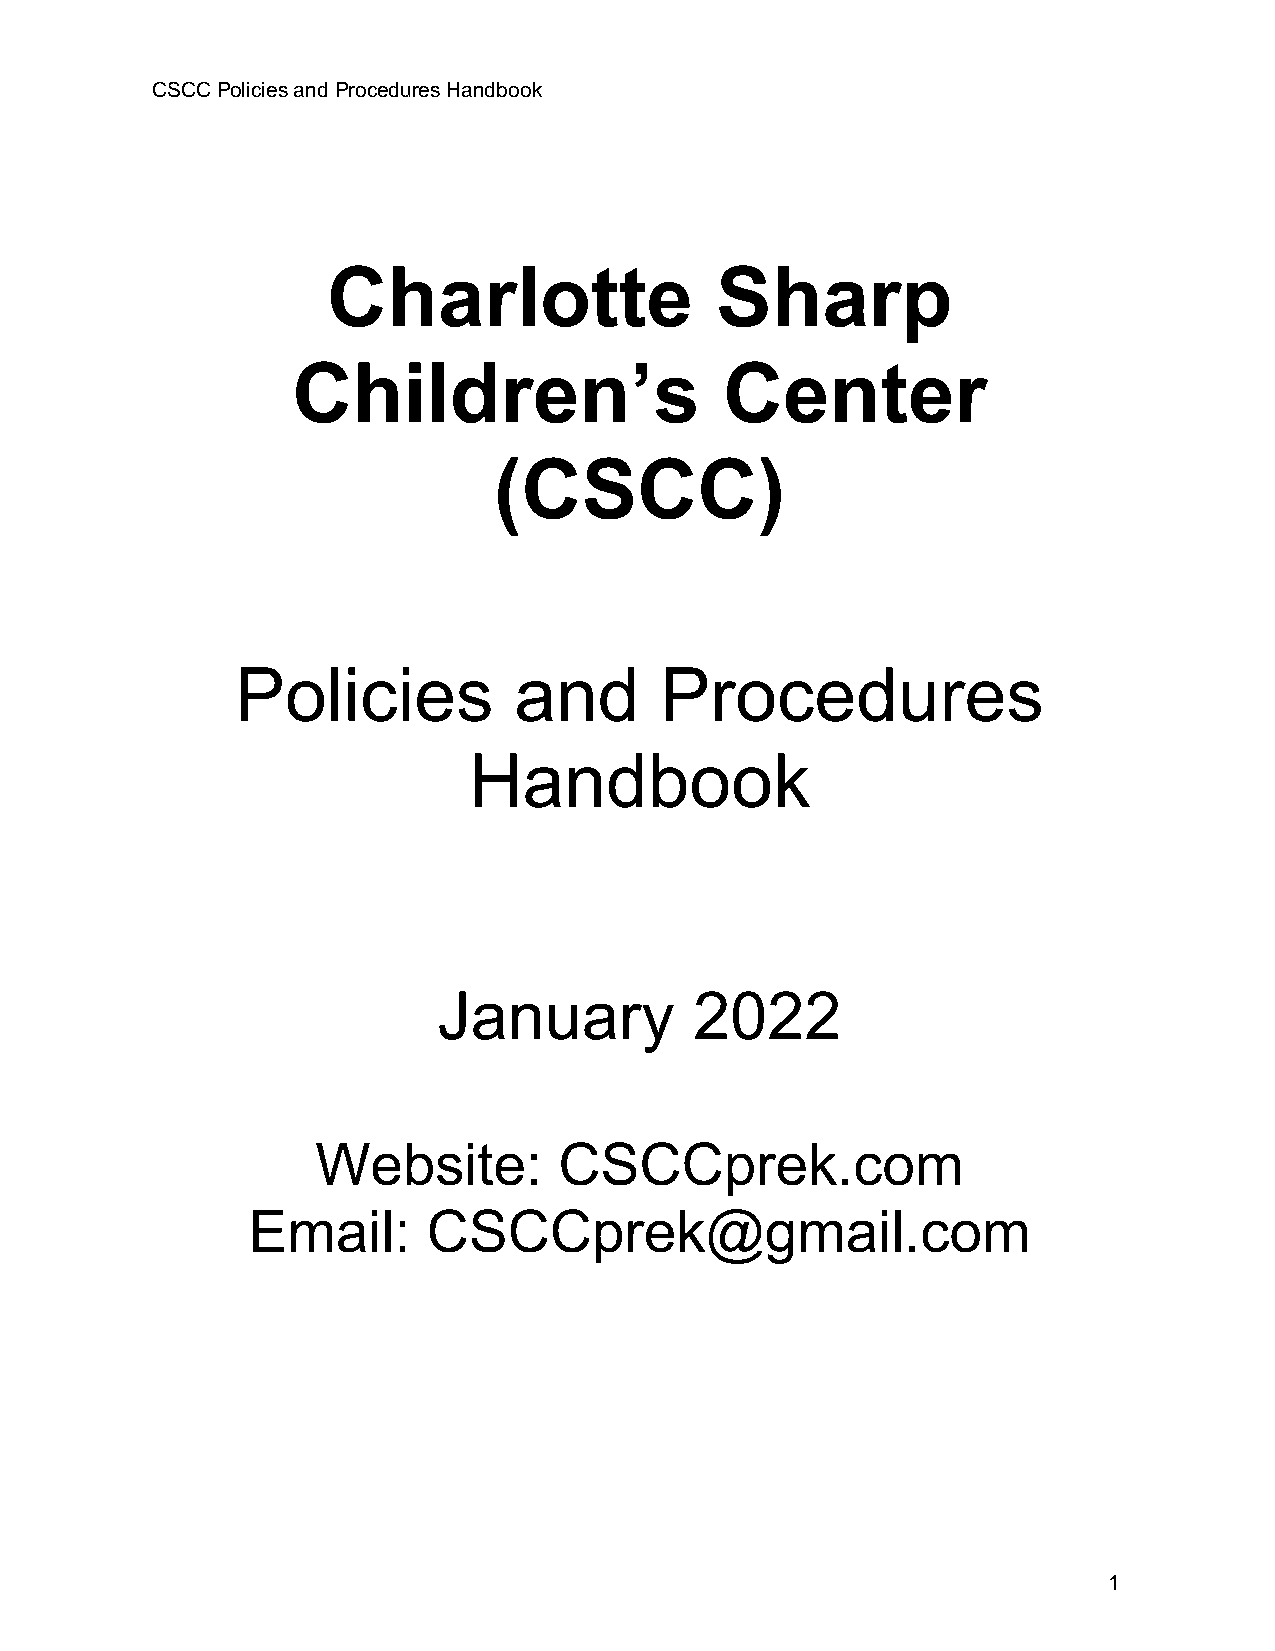
CSCC Policies and Procedures Handbook
 Charlotte                Sharp
 Children’s                   Center
 (CSCC)
 Policies          and       Procedures
 Handbook
 January          2022
 Website:        CSCCprek.com
 Email:      CSCCprek@gmail.com
 1